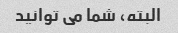
البته، شما می توانید